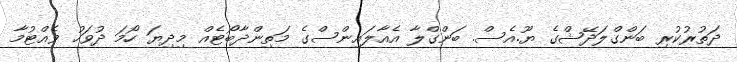
ދަތުރުކުރި ބަންގްލަދޭޝްގެ ޔޫ.އެސް. ބަންގްލާ އެއާލައިންސްގެ މަތިންދާބޯޓެއް މިދިޔަ ހޯމަ ދުވަހު ވެއްޓުމާ